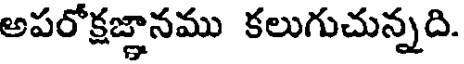
అపరోక్షజ్ఞానము కలుగుచున్నది.